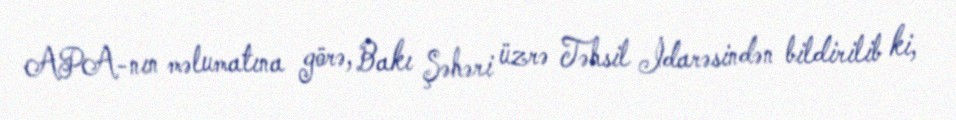
APA-nın məlumatına görə, Bakı Şəhəri üzrə Təhsil İdarəsindən bildirilib ki,